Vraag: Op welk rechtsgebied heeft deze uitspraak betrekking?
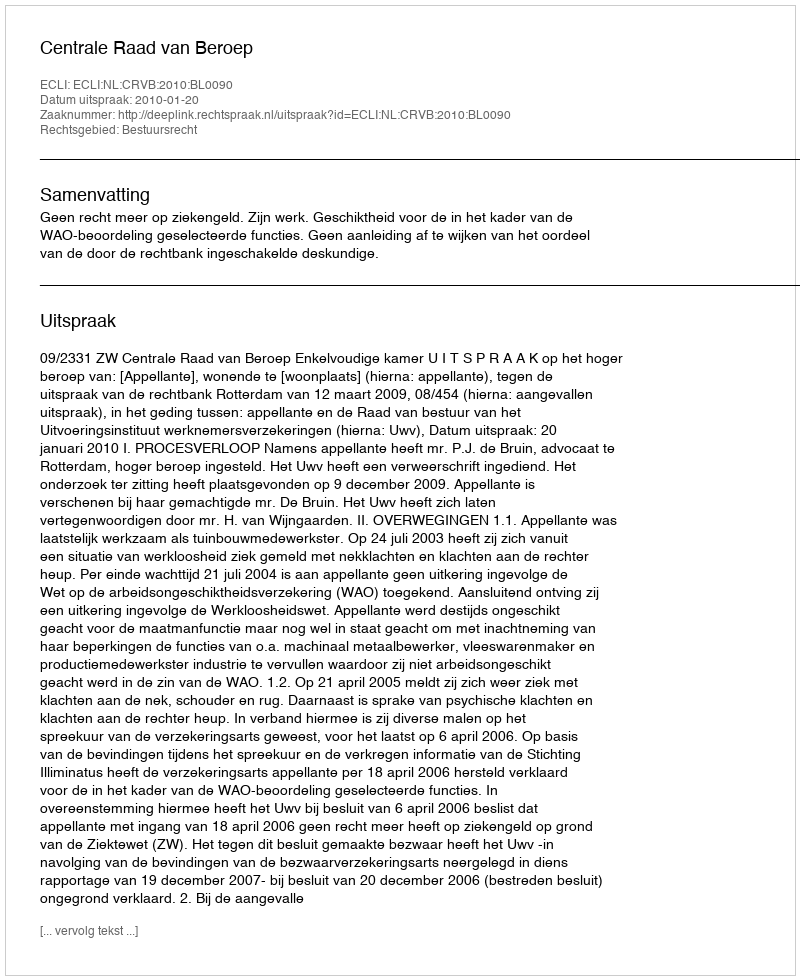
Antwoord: Bestuursrecht